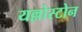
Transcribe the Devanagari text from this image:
यल्लोस्टोन